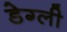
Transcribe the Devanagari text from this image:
डेग्ली